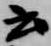
云